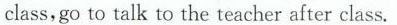
class,go to talk to the teacher after class.